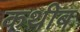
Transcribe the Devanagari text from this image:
कथीब